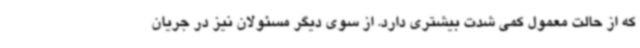
که از حالت معمول کمی شدت بیشتری دارد. از سوی دیگر مسئولان نیز در جریان